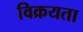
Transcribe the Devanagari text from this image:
विक्रयता